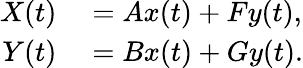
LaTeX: \begin{array}{rl}{X(t)}&{{}=Ax(t)+Fy(t),}\\ {Y(t)}&{{}=Bx(t)+Gy(t).}\end{array}